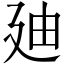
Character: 廸